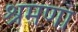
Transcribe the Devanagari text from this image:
श्रमणा